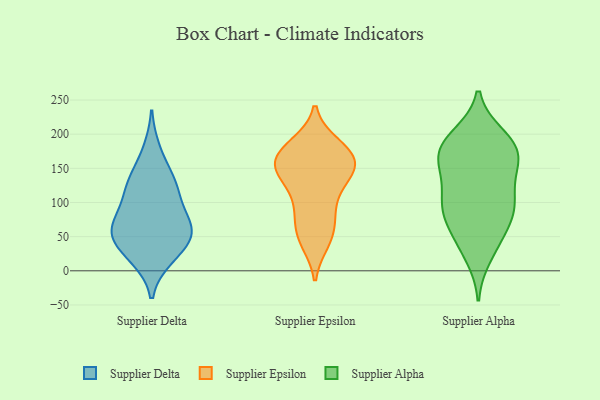
{"axis": {"x": "Satisfaction Score", "y": "Value"}, "legend": ["Supplier Alpha", "Supplier Delta", "Supplier Epsilon"], "data": [{"x": "", "y": 92, "type": "Supplier Delta"}, {"x": "", "y": 18, "type": "Supplier Delta"}, {"x": "", "y": 54, "type": "Supplier Delta"}, {"x": "", "y": 121, "type": "Supplier Delta"}, {"x": "", "y": 132, "type": "Supplier Delta"}, {"x": "", "y": 113, "type": "Supplier Delta"}, {"x": "", "y": 62, "type": "Supplier Delta"}, {"x": "", "y": 78, "type": "Supplier Delta"}, {"x": "", "y": 177, "type": "Supplier Delta"}, {"x": "", "y": 53, "type": "Supplier Delta"}, {"x": "", "y": 65, "type": "Supplier Delta"}, {"x": "", "y": 18, "type": "Supplier Delta"}, {"x": "", "y": 50, "type": "Supplier Delta"}, {"x": "", "y": 40, "type": "Supplier Delta"}, {"x": "", "y": 139, "type": "Supplier Delta"}, {"x": "", "y": 101, "type": "Supplier Epsilon"}, {"x": "", "y": 135, "type": "Supplier Epsilon"}, {"x": "", "y": 76, "type": "Supplier Epsilon"}, {"x": "", "y": 154, "type": "Supplier Epsilon"}, {"x": "", "y": 46, "type": "Supplier Epsilon"}, {"x": "", "y": 167, "type": "Supplier Epsilon"}, {"x": "", "y": 145, "type": "Supplier Epsilon"}, {"x": "", "y": 96, "type": "Supplier Epsilon"}, {"x": "", "y": 49, "type": "Supplier Epsilon"}, {"x": "", "y": 181, "type": "Supplier Epsilon"}, {"x": "", "y": 185, "type": "Supplier Epsilon"}, {"x": "", "y": 131, "type": "Supplier Epsilon"}, {"x": "", "y": 136, "type": "Supplier Epsilon"}, {"x": "", "y": 160, "type": "Supplier Epsilon"}, {"x": "", "y": 162, "type": "Supplier Epsilon"}, {"x": "", "y": 169, "type": "Supplier Epsilon"}, {"x": "", "y": 183, "type": "Supplier Epsilon"}, {"x": "", "y": 152, "type": "Supplier Epsilon"}, {"x": "", "y": 42, "type": "Supplier Epsilon"}, {"x": "", "y": 74, "type": "Supplier Epsilon"}, {"x": "", "y": 47, "type": "Supplier Alpha"}, {"x": "", "y": 126, "type": "Supplier Alpha"}, {"x": "", "y": 173, "type": "Supplier Alpha"}, {"x": "", "y": 155, "type": "Supplier Alpha"}, {"x": "", "y": 179, "type": "Supplier Alpha"}, {"x": "", "y": 89, "type": "Supplier Alpha"}, {"x": "", "y": 75, "type": "Supplier Alpha"}, {"x": "", "y": 79, "type": "Supplier Alpha"}, {"x": "", "y": 166, "type": "Supplier Alpha"}, {"x": "", "y": 39, "type": "Supplier Alpha"}, {"x": "", "y": 111, "type": "Supplier Alpha"}, {"x": "", "y": 197, "type": "Supplier Alpha"}, {"x": "", "y": 198, "type": "Supplier Alpha"}, {"x": "", "y": 93, "type": "Supplier Alpha"}, {"x": "", "y": 87, "type": "Supplier Alpha"}, {"x": "", "y": 21, "type": "Supplier Alpha"}, {"x": "", "y": 118, "type": "Supplier Alpha"}, {"x": "", "y": 165, "type": "Supplier Alpha"}, {"x": "", "y": 158, "type": "Supplier Alpha"}, {"x": "", "y": 190, "type": "Supplier Alpha"}]}